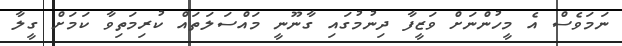
ނަމަވެސް އެ މީހުންނަށް ވަޒީފާ ދިނުމުގައި ގާނޫނީ މައްސަލަތައް ކުރިމަތިވާ ކަމަށް ގީލާ